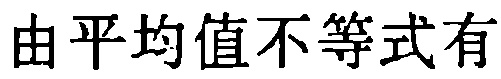
由平均值不等式有